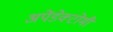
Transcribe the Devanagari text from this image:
अपेंडेक्टोमी